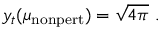
y _ { t } ( \mu _ { \mathrm { n o n p e r t } } ) = \sqrt { 4 \pi } \ .